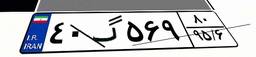
۴۰گ۵۶۹۸۰